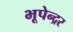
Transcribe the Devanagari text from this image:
भूपेन्‍द्रर